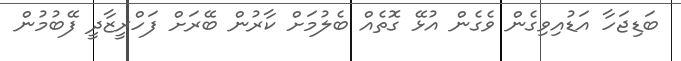
ބަޑިޖަހާ އަޑުއިވިގެން ވެގެން އުޅޭ ގޮތެއް ބެލުމަށް ކާރުން ބޭރަށް ފަހްރީޒާދީ ފޭބުމުން